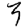
Digit: 3